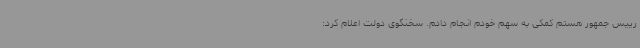
رییس جمهور هستم کمکی به سهم خودم انجام دادم. سخنگوی دولت اعلام کرد: